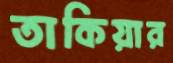
তাকিয়ার